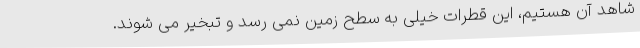
شاهد آن هستیم، این قطرات خیلی به سطح زمین نمی رسد و تبخیر می شوند.